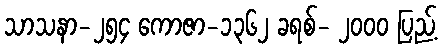
သာသနာ-၂၅၄ ကောဇာ-၁၃၆၂ ခရစ်- ၂၀၀၀ ပြည့်